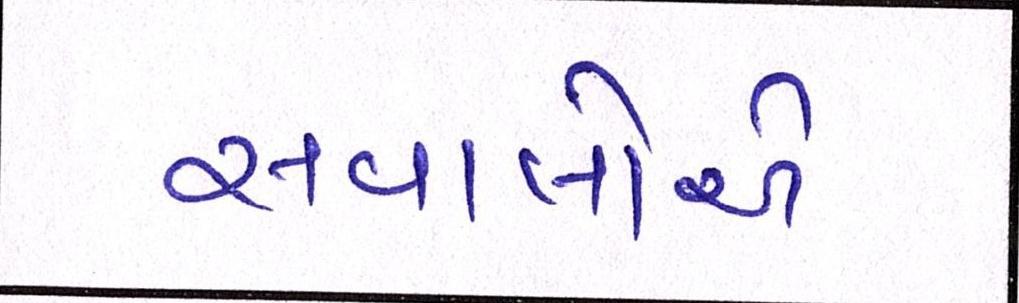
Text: સવાલોએ